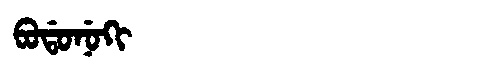
Manchu: ᠪᠣᡩᠣᠨᡠᡴᡳ
Romanization: BODONUKI